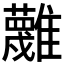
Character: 𩁝